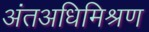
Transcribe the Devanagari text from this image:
अंतअधिमिश्रण